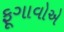
ફૂગાવોએ